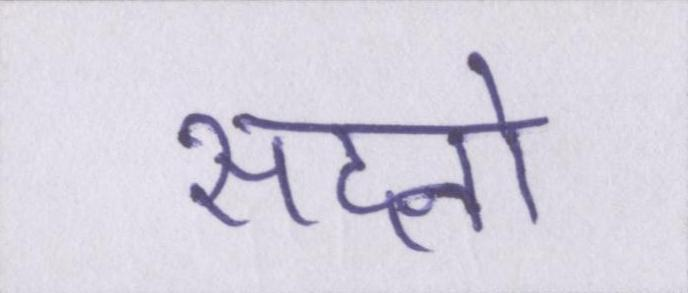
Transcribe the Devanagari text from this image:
सदनो